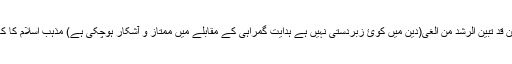
لا اکراہ فی الدین قد تبین الرشد من الغی(دین میں کوئ زبردستی نہیں ہے ہدایت گمراہی کے مقابلے میں ممتاز و آشکار ہوچکی ہے) مذہب اسلام کا کھلا اعلان ہے ۔